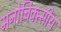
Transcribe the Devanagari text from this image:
मनोचिक्त्सीय